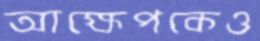
আক্ষেপকেও